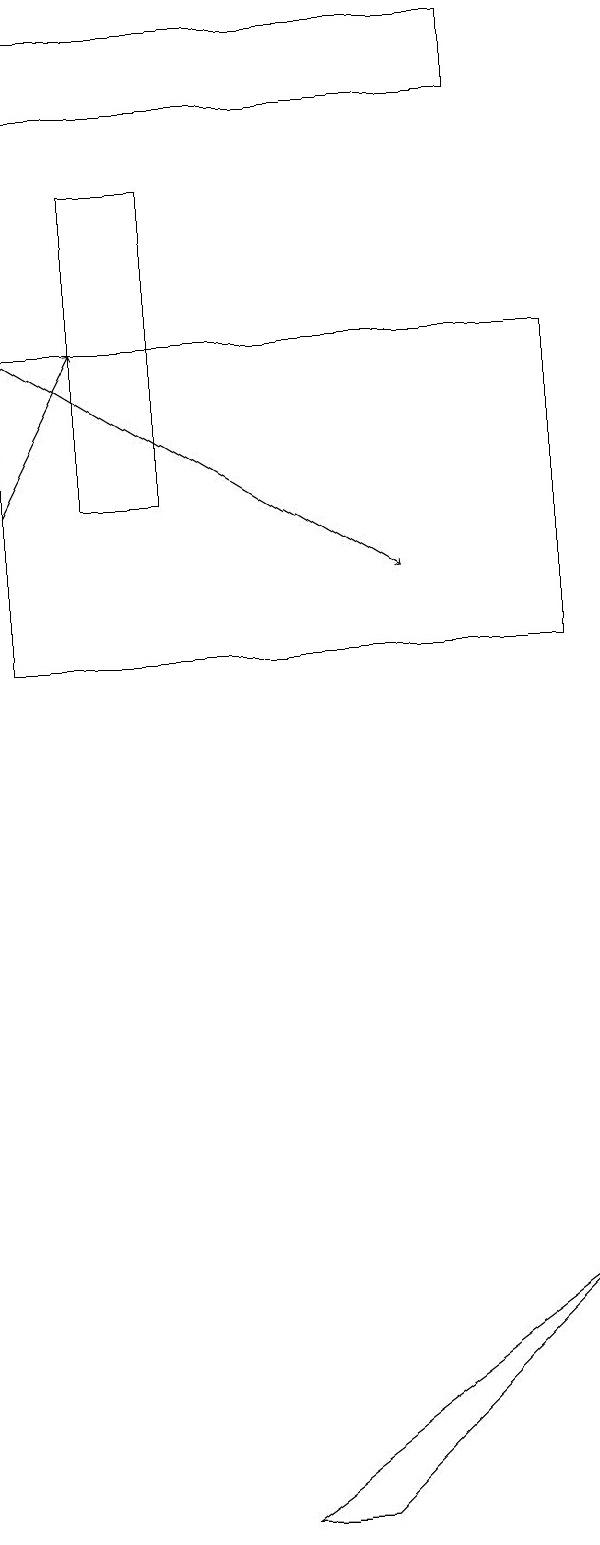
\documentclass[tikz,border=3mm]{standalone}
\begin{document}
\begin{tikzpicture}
\draw (7,15) rectangle (0,11);
\draw (2,17) rectangle (1,13);
\draw (7,3) -- (4,0) -- (3,0) -- cycle;
\draw[->] (0,13) -- (1,15);
\draw[->] (0,15) -- (5,12);
\draw (0,18) rectangle (6,19);
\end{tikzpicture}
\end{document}